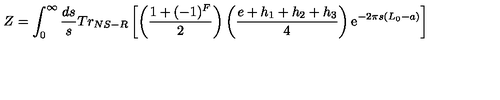
Z = \int _ { 0 } ^ { \infty } \frac { d s } { s } T r _ { N S - R } \left[ \left( \frac { 1 + ( - 1 ) ^ { F } } { 2 } \right) \left( \frac { e + h _ { 1 } + h _ { 2 } + h _ { 3 } } { 4 } \right) \mathrm { e } ^ { - 2 \pi s ( L _ { 0 } - a ) } \right]